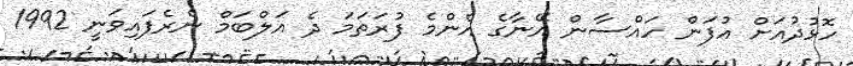
ހޮޅުދުއަށް އުފަން ހައްސާން އޭނާގެ އެންމެ ފުރަތަމަ ދެ އަލްބަމް ނެރެފައިވަނީ 1992